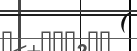
(